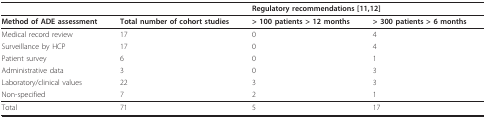
|  |  | <COLSPAN=2> Regulatory recommendations [11,12] |
 | --- | --- | --- | --- |
 | Method of ADE assessment | Total number of cohort studies | > 100 patients > 12 months | > 300 patients > 6 months |
 | Medical record review | 17 | 0 | 4 |
 | Surveillance by HCP | 17 | 0 | 4 |
 | Patient survey | 6 | 0 | 1 |
 | Administrative data | 3 | 0 | 3 |
 | Laboratory/clinical values | 22 | 3 | 3 |
 | Non-specified | 7 | 2 | 1 |
 | Total | 71 | 5 | 17 |